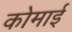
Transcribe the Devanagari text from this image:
कोमाई